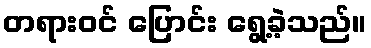
တရားဝင် ပြောင်း ရွေ့ခဲ့သည်။